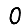
Digit: 0